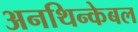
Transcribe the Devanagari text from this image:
अनथिन्केबल